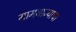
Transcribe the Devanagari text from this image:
ग्रामधान्याचा